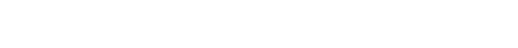
ကိုယ့်အဖေဝင်ငွေနဲ့ ကိုယ့်အိမ်ထောင်စု အကြောင်း ညို အသိဆုံးပါ။